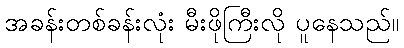
အခန်းတစ်ခန်းလုံး မီးဖိုကြီးလို ပူနေသည်။